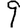
Digit: 9